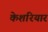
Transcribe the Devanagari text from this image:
केशरियार